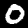
Digit: 0